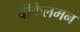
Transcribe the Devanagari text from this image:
वींकेलमन